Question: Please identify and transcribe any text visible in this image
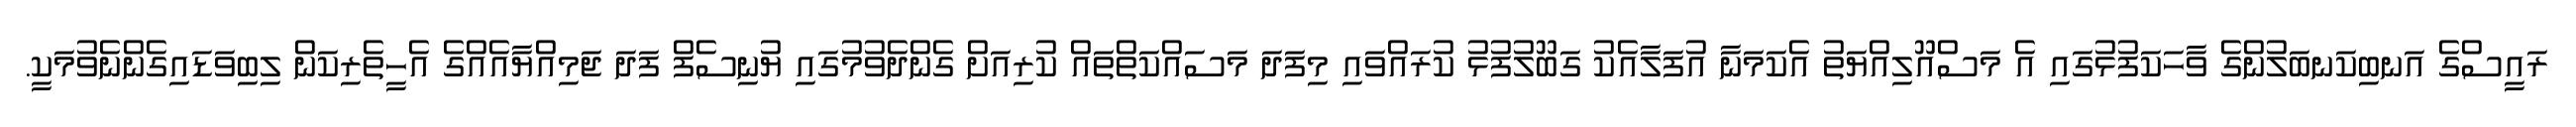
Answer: ރައީސްގެ އަނބިކަނބަލުންގެ ވާހަކަފުޅުގައި އެ މަސްއޫލިއްޔަތު އެކަމަނާ އުފަލާއެކު ގަބޫލުފުޅު ކުރައްވައި މިފަދަ މަސައްކަތްތައް ކުރިއަށް ގެންދެވުމުގައި ޔުނިސެފް ފަދަ ޖަމިއްޔާއެއްގެ އެހީތެރިކަން ލިބިވަޑައިގެންނެވުމަކީ.